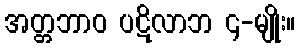
အတ္တဘာဝ ပဋိလာဘ ၄-မျိုး။